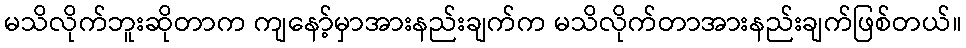
မသိလိုက်ဘူးဆိုတာက ကျနော့်မှာအားနည်းချက်က မသိလိုက်တာအားနည်းချက်ဖြစ်တယ်။